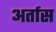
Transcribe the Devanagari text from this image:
अर्तास